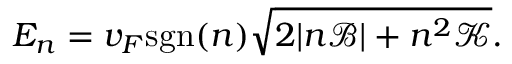
E _ { n } = v _ { F } \mathrm { s g n } ( n ) \sqrt { 2 | n \mathcal { B } | + n ^ { 2 } \mathcal { K } } .